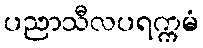
ပညာသီလပရက္ကမံ